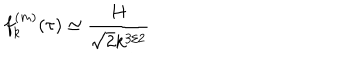
f _ { k } ^ { ( m ) } ( \tau ) \simeq \frac { H } { \sqrt { 2 } k ^ { 3 / 2 } }